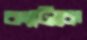
ক্যাটকে